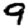
Digit: 9